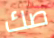
صك